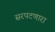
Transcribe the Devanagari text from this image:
सरपटणारा